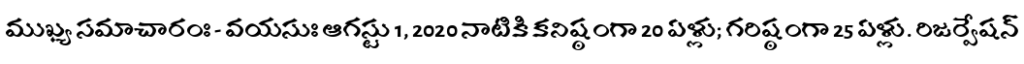
ముఖ్య సమాచారంః - వయసుః ఆగస్టు 1, 2020 నాటికి కనిష్ఠంగా 20 ఏళ్లు; గరిష్ఠంగా 25 ఏళ్లు. రిజర్వేషన్